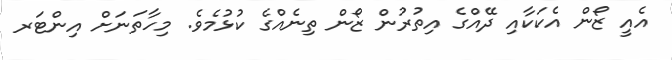
އެއީ ޒޯން އެކަކާއި ދޭއްގެ އިތުރުން ޒޯން ތިނެއްގެ ކުޅުމެވެ. މިހާތަނަށް އިންޓަރ